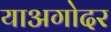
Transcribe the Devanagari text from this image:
याअगोदर